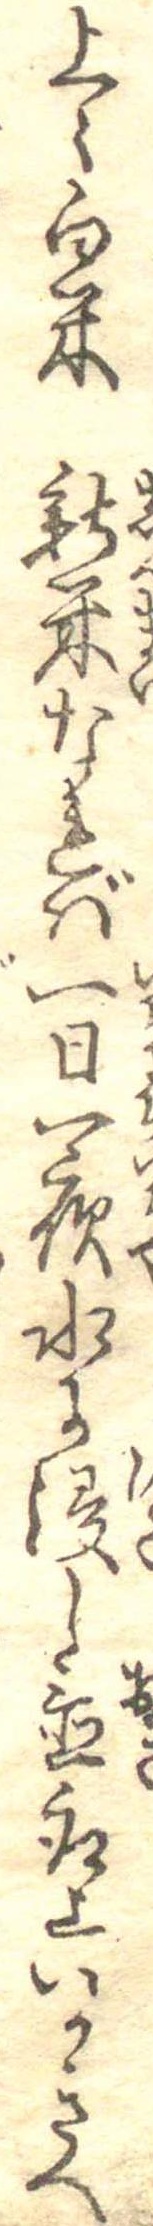
上々白米新米なれば一日一夜水に浸し置取上いかきへ